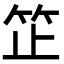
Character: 䇛